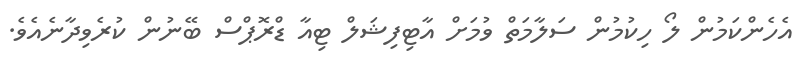
އެހެންކަމުން ލޯ ހިކުމުން ސަލާމަތް ވުމަށް އާޓިފިޝަލް ޓިއާ ޑްރޮޕްސް ބޭނުން ކުރެވިދާނެއެވެ.